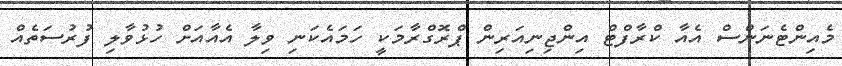
މެއިންޓެނަންސް އެއާ ކްރާފްޓް އިންޖިނިއަރިން ޕްރޮގްރާމަކީ ހަމައެކަނި ވިލާ އެއާއަށް ހުޅުވާލި ފުރުސަތެއް